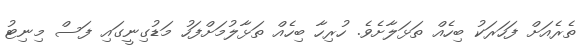
ތެރެއަށް ފަހަރަކު ބިހެއް ތަޅަލާށެވެ. ހުރިހާ ބިހެއް ތަޅާލުމަށްފަހު މަޑުގިނީގައި ފަސް މިނިޓު